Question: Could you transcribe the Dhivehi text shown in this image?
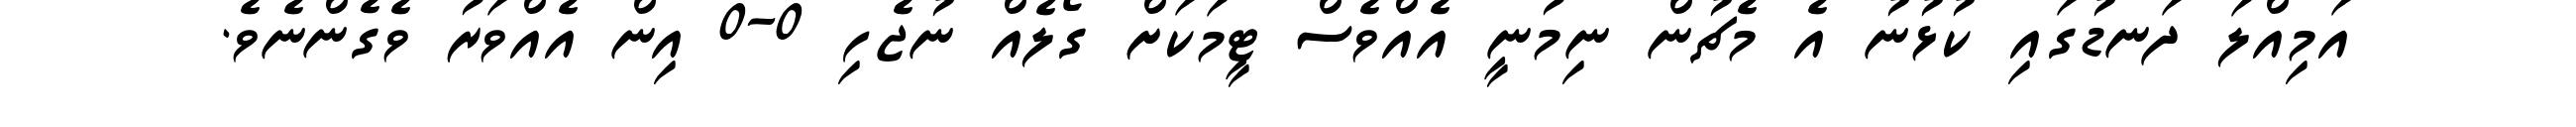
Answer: އަމިއްލަ ދަނޑުގައި ކުޅުނު އެ މެޗުން ނިމުނީ އެއްވެސް ޓީމަކަށް ގޯލެއް ނުޖެހި 0-0 އިން އެއްވަރު ވެގެންނެވެ.